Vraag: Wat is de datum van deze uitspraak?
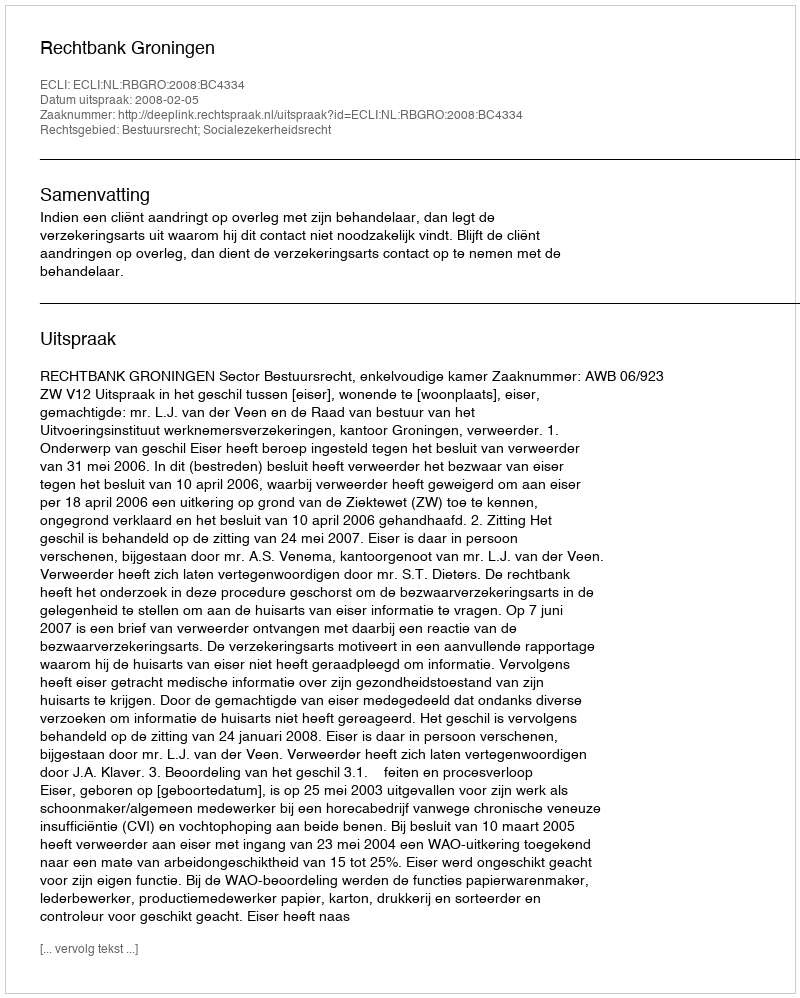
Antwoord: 2008-02-05